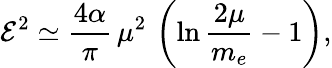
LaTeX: {\cal E}^{2}\simeq\frac{4\alpha}{\pi}\, \mu^{2}\, \left(\ln\frac{2\mu}{m_{e}}-1\right),